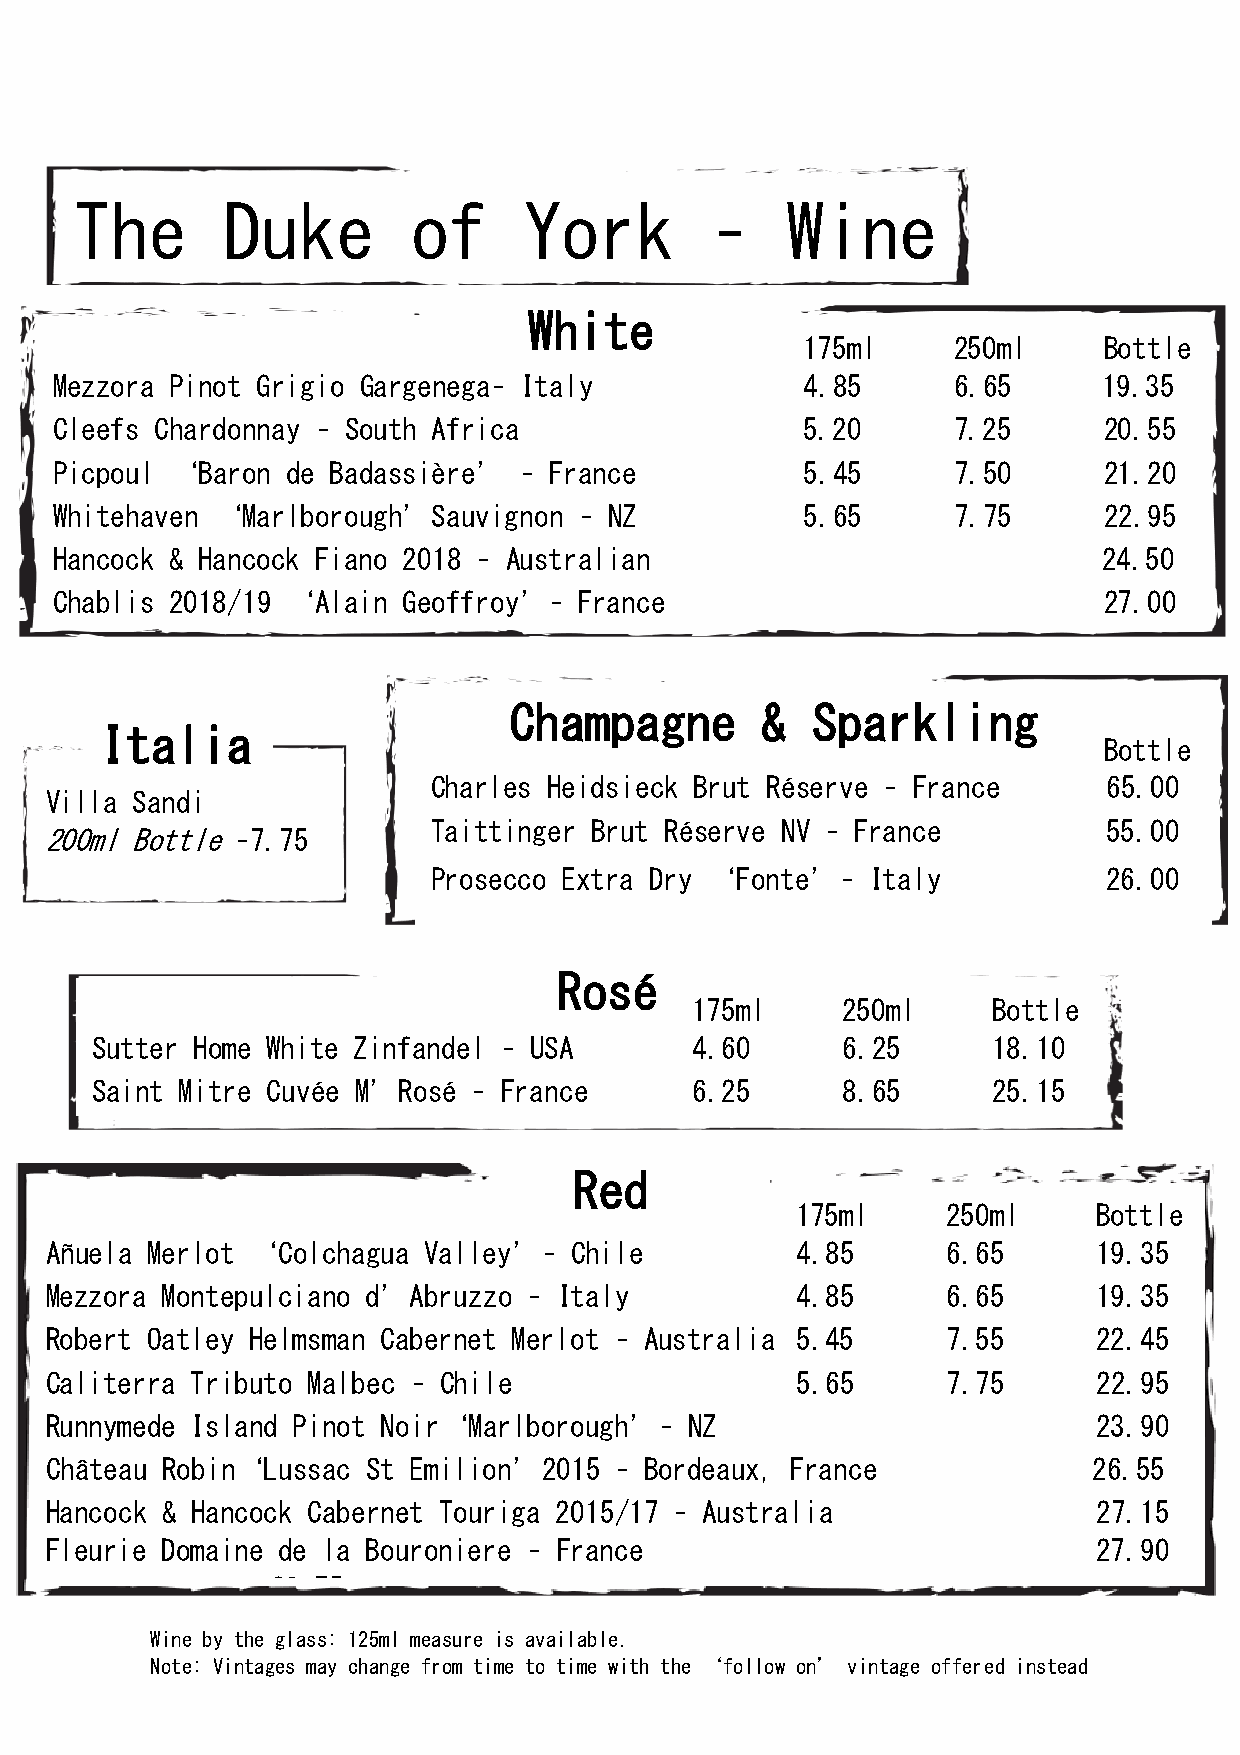
The       Duke        of      York        –    Wine
 White
 175ml     250ml     Bottle
 York
 Mezzora Pinot Grigio Gargenega– Italy            4.85      6.65      19.35
 Cleefs Chardonnay – South Africa                 5.20      7.25      20.55
 Picpoul ‘Baron de Badassière’ – France           5.45      7.50      21.20
 Whitehaven ‘Marlborough’Sauvignon – NZ           5.65      7.75      22.95
 Hancock & Hancock Fiano 2018 – Au s t ralian                         24.50
 Chablis 2018/19 ‘Alain Geoffroy’– France                             27.00
 Champagne       &   Sparkling
 Italia
 Bottle
 Charles Heidsieck Brut Réserve – Fran ce    65.00
 Villa Sandi
 Taittinger Brut Réserve NV – France         55.00
 200ml Bottle –7.75
 Prosecco Extra Dry ‘Fonte’– Italy           26.00
 Rosé
 175ml     250ml     Bottle
 Sutter Home White Zinfandel – USA       4.60      6.25      18.10
 Saint Mitre Cuvée M’Rosé – France       6.25      8.65      25.15
 Red
 175ml     250ml     Bottle
 Añuela Merlot ‘Colchagua Valley’–  Chile          4.85      6.65      19.35
 Mezzora Montepulciano d’Abruzzo – Italy           4.85      6.65      19.35
 Robert Oatley Helmsman Cabernet Merlot – Australia 5.45     7.55      22.45
 Caliterra Tributo Malbec – Chile                  5.65      7.75      22.95
 Runnymede Island Pinot Noir‘Marlborough’–  NZ                         23.90
 Château Robin‘Lussac St Emilion’2015  – Bordeaux, France             26.55
 Hancock & Hancock Cabernet Touriga 2015/17 – Australia                27.15
 Fleurie Domaine de la Bouroniere – France                             27.90
 26.75
 Fleurie 2017 Domaine de la Bouronière – Burgundy, France              27.50
 Wine by the glass: 125ml measure is available.
 Note: Vintages may change from time to time with the ‘follow on’ vintage offered instead
 Veg  an